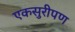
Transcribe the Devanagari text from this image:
एकसुरीपण